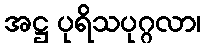
အဋ္ဌ ပုရိသပုဂ္ဂလာ၊